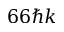
6 6 \hbar k